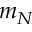
m _ { N }